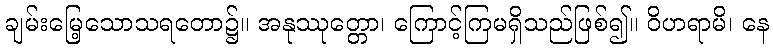
ချမ်းမြေ့သောသရတော၌။ အနုဿုတ္တော၊ ကြောင့်ကြမရှိသည်ဖြစ်၍။ ဝိဟရာမိ၊ နေ